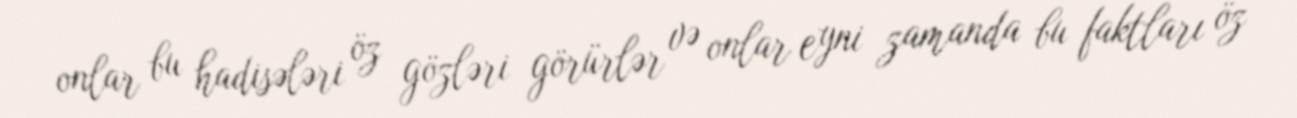
onlar bu hadisələri öz gözləri görürlər və onlar eyni zamanda bu faktları öz